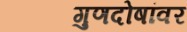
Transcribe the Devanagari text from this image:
गुणदोषांवर